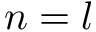
n = l